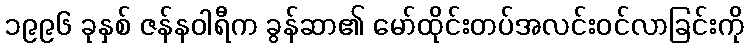
၁၉၉၆ ခုနှစ် ဇန်နဝါရီက ခွန်ဆာ၏ မော်ထိုင်းတပ်အလင်းဝင်လာခြင်းကို